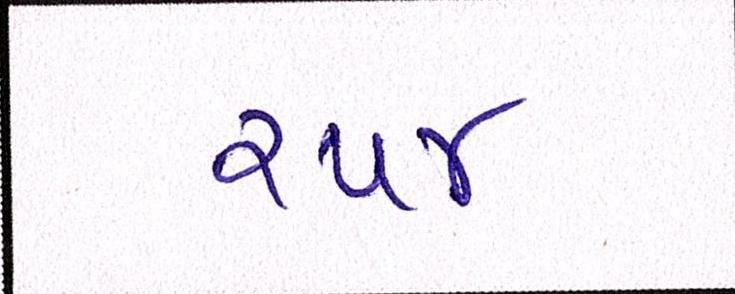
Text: ૨૫૪